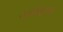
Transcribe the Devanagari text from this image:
अविशष्ट